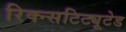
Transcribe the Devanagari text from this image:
रिक्न्सटिट्यूटेड